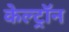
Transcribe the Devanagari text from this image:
केल्ट्रॉन